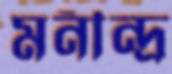
মনীন্দ্র